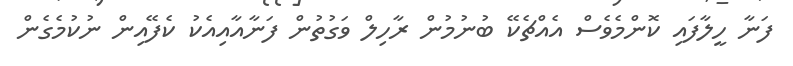
ފަނާ ހީލާފައި ކޮންމެވެސް އެއްޗެކޭ ބުނުމުން ރާހިލް ވަގުތުން ފަނާއާއިއެކު ކެފޭއިން ނުކުމެގެން